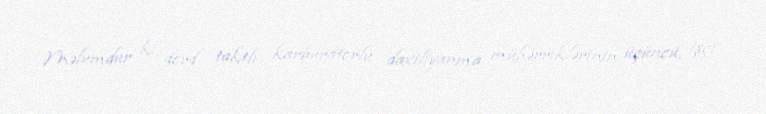
Məlumdur ki, dörd taktlı karbüratorlu daxiliyanma mühərriklərinin üçüncü, işçi